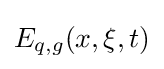
E_{q,g}(x,\xi ,t)